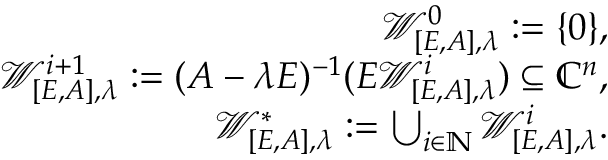
\begin{array} { r l r } & { } & { \mathcal { W } _ { [ E , A ] , \lambda } ^ { 0 } : = \{ 0 \} , } \\ & { } & { \mathcal { W } _ { [ E , A ] , \lambda } ^ { i + 1 } : = ( A - \lambda E ) ^ { - 1 } ( E \mathcal { W } _ { [ E , A ] , \lambda } ^ { i } ) \subseteq \mathbb { C } ^ { n } , } \\ & { } & { \mathcal { W } _ { [ E , A ] , \lambda } ^ { * } : = \bigcup _ { i \in \mathbb { N } } \mathcal { W } _ { [ E , A ] , \lambda } ^ { i } . } \end{array}